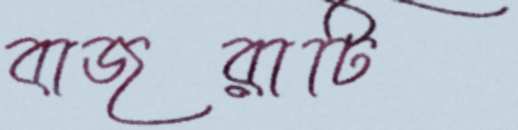
বাজরাটি